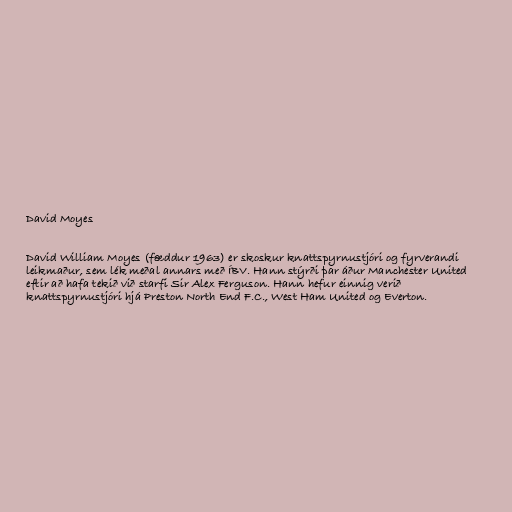
David Moyes

David William Moyes (fæddur 1963) er skoskur knattspyrnustjóri og fyrverandi
leikmaður, sem lék meðal annars með ÍBV. Hann stýrði þar áður Manchester United
eftir að hafa tekið við starfi Sir Alex Ferguson. Hann hefur einnig verið
knattspyrnustjóri hjá Preston North End F.C., West Ham United og Everton.